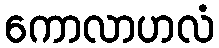
ကောလာဟလံ